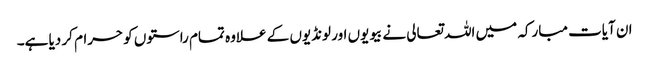
ان آیات مبارکہ میں اللہ تعالی نے بیویوں اور لونڈیوں کے علاوہ تمام راستوں کو حرام کر دیا ہے۔